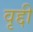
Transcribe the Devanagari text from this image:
वृद्दी